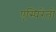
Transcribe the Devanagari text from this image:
एस्पिरेंतो